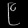
Digit: ၉